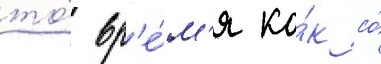
то́ вр'е́м'я ка́к со́